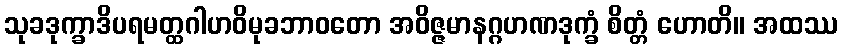
သုခဒုက္ခာဒိပရမတ္ထဂါဟဝိမုခဘာဝတော အဝိဇ္ဇမာနဂ္ဂဟဏဒုက္ခံ စိတ္တံ ဟောတိ။ အထဿ